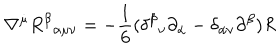
\nabla ^ { \dot { \mu } } R ^ { \beta } { } _ { \alpha \mu \nu } = - \frac { 1 } { 6 } ( \delta ^ { \beta } { } _ { \nu } \partial _ { \alpha } - \delta _ { \alpha \nu } \partial ^ { \beta } ) R